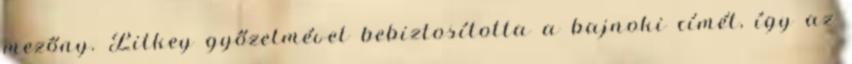
mezőny. Litkey győzelmével bebiztosította a bajnoki címét, így az